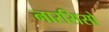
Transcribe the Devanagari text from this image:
नारसिसो